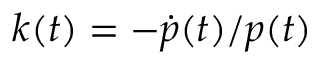
k ( t ) = - \dot { p } ( t ) / p ( t )